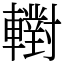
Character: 轛